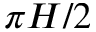
\pi H / 2